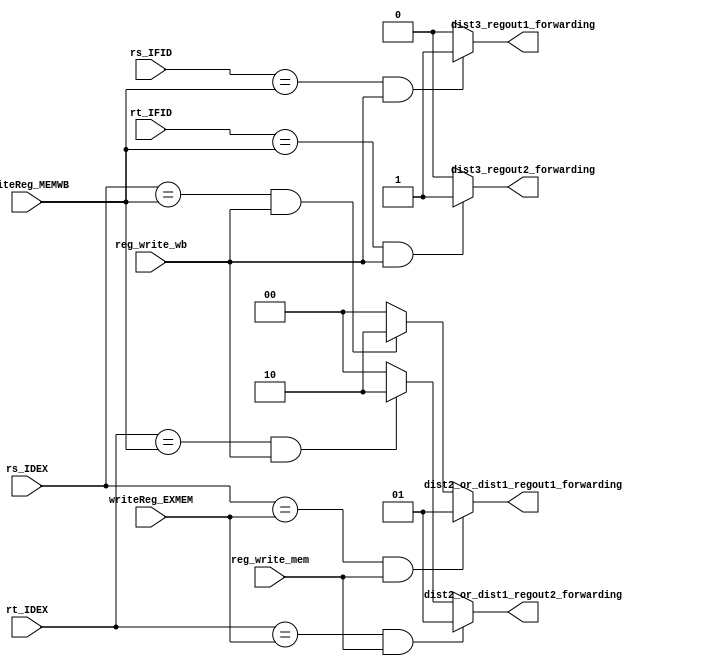
module forwarding_unit(rs_IFID, rt_IFID, rs_IDEX, rt_IDEX, writeReg_EXMEM, writeReg_MEMWB, reg_write_mem, reg_write_wb, dist3_regout1_forwarding, dist3_regout2_forwarding, dist2_or_dist1_regout1_forwarding, dist2_or_dist1_regout2_forwarding);
    input [1:0] rs_IFID;
    input [1:0] rt_IFID;
    input [1:0] rs_IDEX;
    input [1:0] rt_IDEX;
    
    input [1:0] writeReg_EXMEM;
    input [1:0] writeReg_MEMWB;
    
    input reg_write_mem;
    input reg_write_wb;

    output reg dist3_regout1_forwarding;
    output reg dist3_regout2_forwarding;
    output reg [1:0] dist2_or_dist1_regout1_forwarding;
    output reg [1:0] dist2_or_dist1_regout2_forwarding;
  
    always @(*) begin
        //dist 3 rs
        if((rs_IFID == writeReg_MEMWB) && reg_write_wb) begin
            dist3_regout1_forwarding = 1;
        end
        else begin
            dist3_regout1_forwarding = 0;
        end

        //dist 3 rt
        if((rt_IFID == writeReg_MEMWB) && reg_write_wb) begin
            dist3_regout2_forwarding = 1;
        end
        else begin
            dist3_regout2_forwarding = 0;
        end

        // dist 1 and 2 rs
        if((rs_IDEX == writeReg_EXMEM) && reg_write_mem) begin
            dist2_or_dist1_regout1_forwarding = 2'b01;
        end
        else if((rs_IDEX == writeReg_MEMWB) && reg_write_wb) begin
            dist2_or_dist1_regout1_forwarding = 2'b10;
        end
        else begin
            dist2_or_dist1_regout1_forwarding = 2'b00;
        end

        // dist 1 and 2 rs
        if((rt_IDEX == writeReg_EXMEM) && reg_write_mem) begin
            dist2_or_dist1_regout2_forwarding = 2'b01;
        end
        else if((rt_IDEX == writeReg_MEMWB) && reg_write_wb) begin
            dist2_or_dist1_regout2_forwarding = 2'b10;
        end
        else begin
            dist2_or_dist1_regout2_forwarding = 2'b00;
        end
    end
endmodule